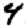
Digit: 4